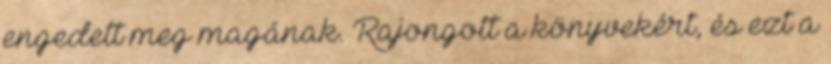
engedett meg magának. Rajongott a könyvekért, és ezt a